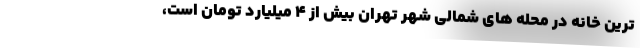
ترین خانه در محله های شمالی شهر تهران بیش از 4 میلیارد تومان است،